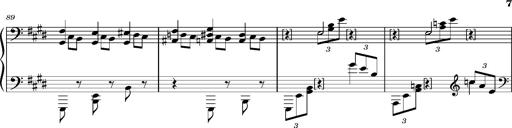
Title: PrÃ©ludes et Harmonies poÃ©tiques et religieuses
Composer: Franz Liszt